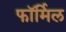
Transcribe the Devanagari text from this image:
फॉर्मिल